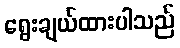
ရွေးချယ်ထားပါသည်